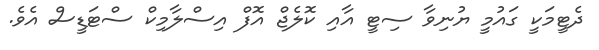
ދެޓީމަކީ ގައުމީ ޔުނިވާ ސިޓީ އާއި ކޮލެޖް އޮފް އިސްލާމިކް ސްޓަޑީސް އެވެ.